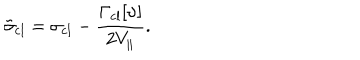
\tilde { \sigma } _ { \mathrm { c l } } = \sigma _ { \mathrm { c l } } - \frac { \Gamma _ { \mathrm { c l } } [ \upsilon ] } { 2 V _ { \| } } .